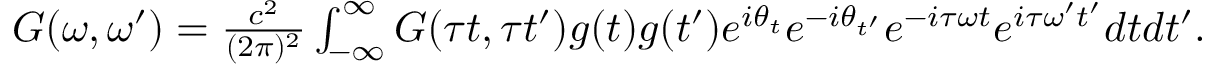
\begin{array} { r } { G ( \omega , \omega ^ { \prime } ) = \frac { c ^ { 2 } } { ( 2 \pi ) ^ { 2 } } \int _ { - \infty } ^ { \infty } G ( \tau t , \tau t ^ { \prime } ) g ( t ) g ( t ^ { \prime } ) e ^ { i \theta _ { t } } e ^ { - i \theta _ { t ^ { \prime } } } e ^ { - i \tau \omega t } e ^ { i \tau \omega ^ { \prime } t ^ { \prime } } d t d t ^ { \prime } . } \end{array}